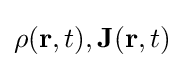
\rho (\mathbf {r} ,t),\mathbf {J} (\mathbf {r} ,t)